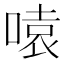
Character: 𪡫